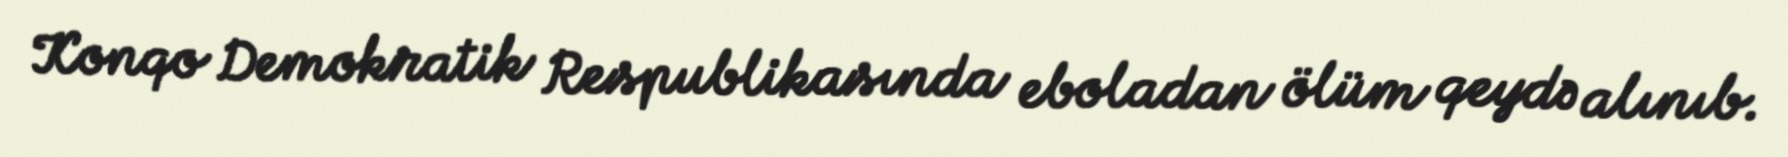
Konqo Demokratik Respublikasında eboladan ölüm qeydə alınıb.